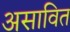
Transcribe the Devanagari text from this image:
असावित